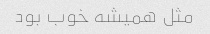
مثل همیشه خوب بود